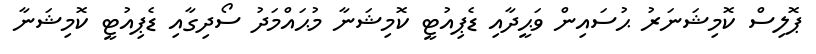
ޕޮލިސް ކޮމިޝަނަރު ޙުސައިން ވަޙީދާއި ޑެޕިއުޓީ ކޮމިޝަނާ މުޙައްމަދު ސޯދިގާއި ޑެޕިއުޓީ ކޮމިޝަނާ